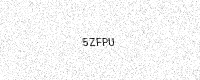
Text: 5ZFPU